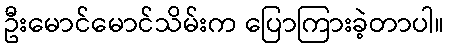
ဦးမောင်မောင်သိမ်းက ပြောကြားခဲ့တာပါ။